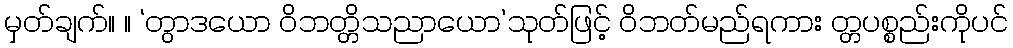
မှတ်ချက်။ ။ ‘တွာဒယော ဝိဘတ္တိသညာယော’သုတ်ဖြင့် ဝိဘတ်မည်ရကား တ္တပစ္စည်းကိုပင်